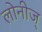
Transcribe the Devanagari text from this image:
लोनीज्